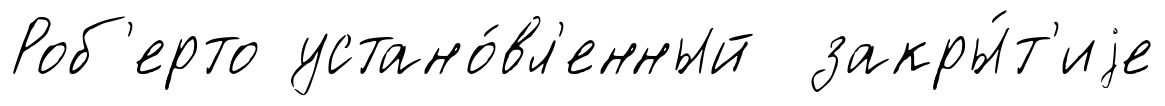
Роб'ерто устано́вл'енный закры́т'иjе